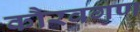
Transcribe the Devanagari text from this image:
कौरवगण